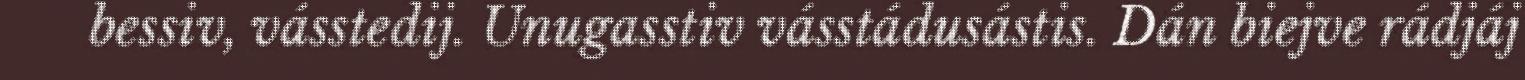
bessiv, vásstedij. Unugasstiv vásstádusástis. Dán biejve rádjáj